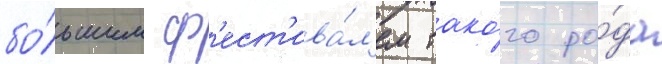
бо́льшим ф'ест'ива́л'ем тако́го ро́да